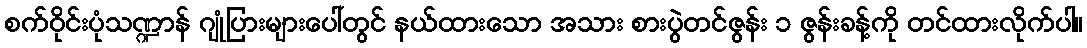
စက်ဝိုင်းပုံသဏ္ဍာန် ဂျုံပြားများပေါ်တွင် နယ်ထားသော အသား စားပွဲတင်ဇွန်း ၁ ဇွန်းခန့်ကို တင်ထားလိုက်ပါ။